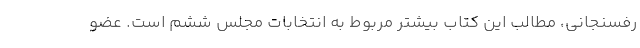
رفسنجانی، مطالب این کتاب بیشتر مربوط به انتخابات مجلس ششم است. عضو